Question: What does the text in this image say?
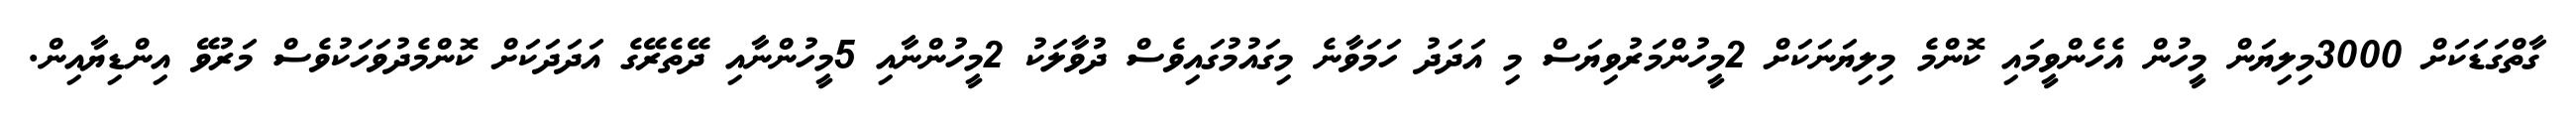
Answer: ގާތްގަޑަކަށް 3000މިލިޔަން މީހުން އެހެންވީމައި ކޮންމެ މިލިޔަނަކަށް 2މީހުންމަރުވިޔަސް މި އަދަދު ހަމަވާނެ މިގައުމުގައިވެސް ދުވާލަކު 2މީހުންނާއި 5މީހުންނާއި ދޭތެރޭގެ އަދަދަކަށް ކޮންމެދުވަހަކުވެސް މަރުވޭ އިންޑިޔާއިން.